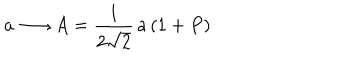
a \longrightarrow A = \frac { 1 } { 2 \sqrt { 2 } } \, a \, ( 1 + P )